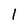
Character: l